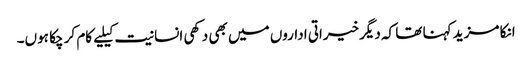
انکا مزید کہنا تھا کہ دیگرخیراتی اداروں میں بھی دکھی انسانیت کیلیے کام کر چکا ہوں۔